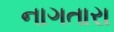
નાગતારા